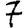
Digit: 7